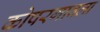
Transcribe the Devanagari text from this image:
कोपरगावला